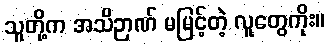
သူတို့က အသိဉာဏ် မမြင့်တဲ့ လူတွေကိုး။